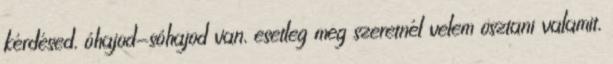
kérdésed, óhajod-sóhajod van, esetleg meg szeretnél velem osztani valamit,